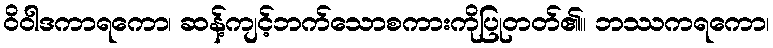
ဝိဝါဒကာရကော၊ ဆန့်ကျင့်ဘက်သောစကားကိုပြုတတ်၏။ ဘဿကရကော၊